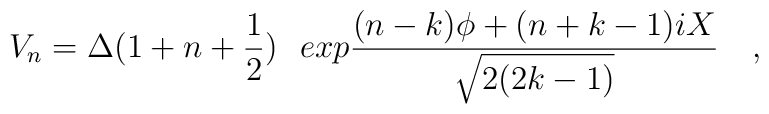
V_n = \Delta(1+n+{1\over2})~~ exp {{(n-k)\phi + (n+k-1)iX} \over{\sqrt{2(2k-1)}}}\quad,